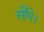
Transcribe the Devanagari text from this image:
सौंपे।